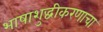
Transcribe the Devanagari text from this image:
भाषाशुद्धीकरणाचा